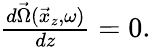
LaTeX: \begin{array}{r}{\frac{d\vec{\Omega}(\vec{x}_{z},\omega)}{dz}=0.}\end{array}